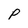
Character: P